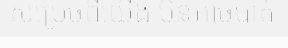
សម្រេចពីយើង មិនអាចបាត់